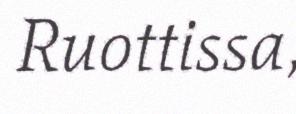
Ruottissa,